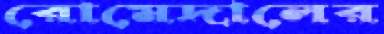
রোমেদালের